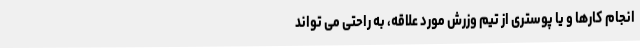
انجام کارها و یا پوستری از تیم وزرش مورد علاقه، به راحتی می تواند